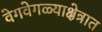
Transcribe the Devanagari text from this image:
वेगवेगळ्याक्षेत्रात